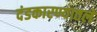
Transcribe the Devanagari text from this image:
दंडकारण्यातले